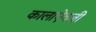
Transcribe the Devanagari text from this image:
कालाऐवजी